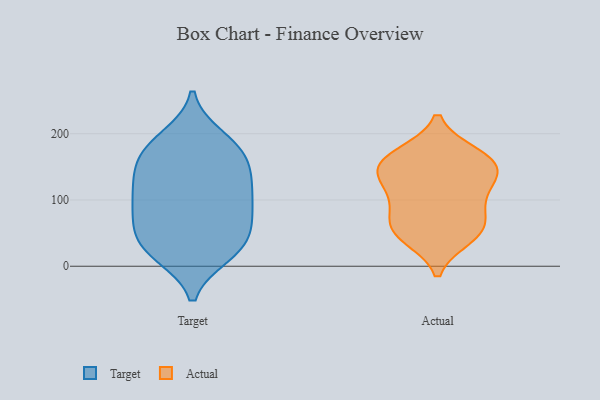
{"axis": {"x": "Humidity (%)", "y": "Value"}, "legend": ["Actual", "Target"], "data": [{"x": "", "y": 22, "type": "Target"}, {"x": "", "y": 194, "type": "Target"}, {"x": "", "y": 33, "type": "Target"}, {"x": "", "y": 86, "type": "Target"}, {"x": "", "y": 23, "type": "Target"}, {"x": "", "y": 116, "type": "Target"}, {"x": "", "y": 184, "type": "Target"}, {"x": "", "y": 95, "type": "Target"}, {"x": "", "y": 133, "type": "Target"}, {"x": "", "y": 131, "type": "Target"}, {"x": "", "y": 18, "type": "Target"}, {"x": "", "y": 134, "type": "Target"}, {"x": "", "y": 48, "type": "Target"}, {"x": "", "y": 80, "type": "Target"}, {"x": "", "y": 52, "type": "Target"}, {"x": "", "y": 176, "type": "Target"}, {"x": "", "y": 160, "type": "Target"}, {"x": "", "y": 172, "type": "Target"}, {"x": "", "y": 82, "type": "Target"}, {"x": "", "y": 146, "type": "Actual"}, {"x": "", "y": 167, "type": "Actual"}, {"x": "", "y": 51, "type": "Actual"}, {"x": "", "y": 129, "type": "Actual"}, {"x": "", "y": 90, "type": "Actual"}, {"x": "", "y": 123, "type": "Actual"}, {"x": "", "y": 151, "type": "Actual"}, {"x": "", "y": 59, "type": "Actual"}, {"x": "", "y": 57, "type": "Actual"}, {"x": "", "y": 44, "type": "Actual"}, {"x": "", "y": 97, "type": "Actual"}, {"x": "", "y": 169, "type": "Actual"}, {"x": "", "y": 154, "type": "Actual"}]}